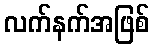
လက်နက်အဖြစ်